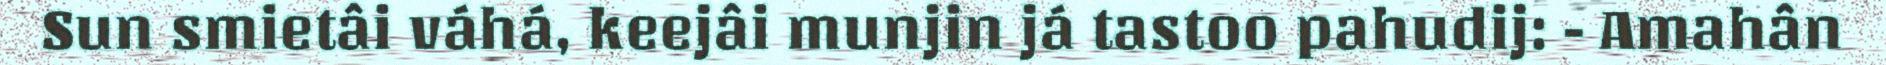
Sun smietâi váhá, keejâi munjin já tastoo pahudij: - Amahân